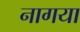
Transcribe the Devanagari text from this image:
नागया